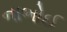
નાભોઈ